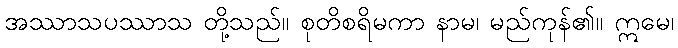
အဿာသပဿာသ တို့သည်။ စုတိစရိမကာ နာမ၊ မည်ကုန်၏။ ဣမေ၊